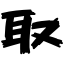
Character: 取